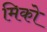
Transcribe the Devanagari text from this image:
मिको